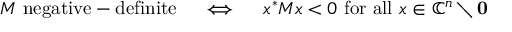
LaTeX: M { \mathrm { ~ n e g a t i v e - d e f i n i t e } } \quad \iff \quad x ^ { * } M x < 0 { \mathrm { ~ f o r ~ a l l ~ } } x \in \mathbb { C } ^ { n } \setminus \mathbf { 0 }